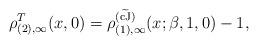
LaTeX: \begin{align*} \rho_{(2), \infty}^T(x, 0) = \rho_{(1),\infty}^{(\widetilde{\rm cJ})}( x ;\beta,1,0) - 1, \end{align*}